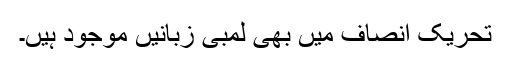
تحریک انصاف میں بھی لمبی زبانیں موجود ہیں۔